Lunatic asylums Punjab 1895-1910 - 1895-1910
Year: 1895
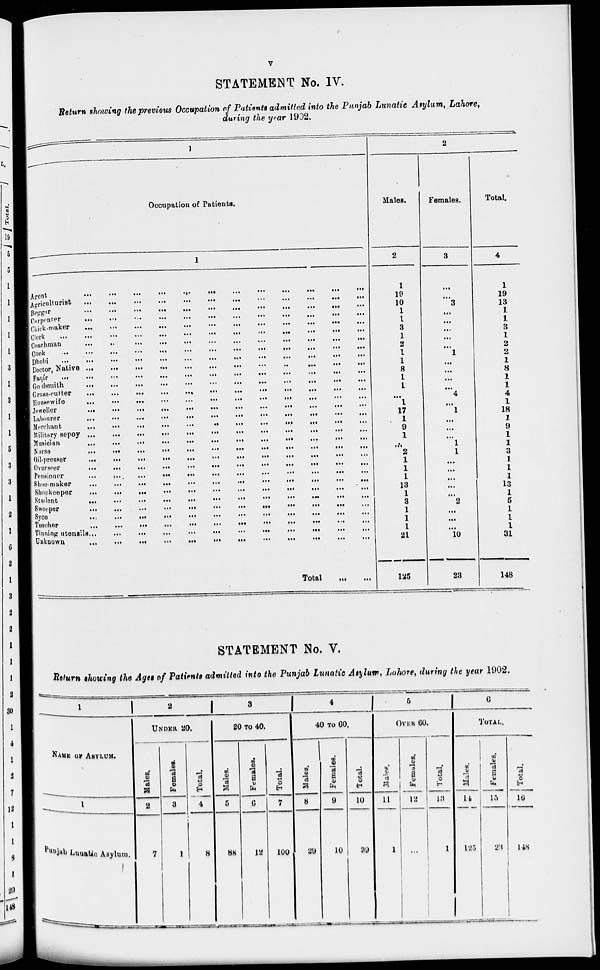
v
STATEMENT No. IV.
Return showing the previous Occupation of Patients admitted into the Punjab Lunatic Asylum, Lahore,
during the year 1902.
1
Occupation of Patients.
1
Agent
...
...
...
...
...
...
...
...
...
...
...
...
...
Agriculturist
...
...
...
...
...
...
...
...
...
...
...
...
...
Beggar ... ... ... ... ... ... ... ... ... ... ... ... ...
Carpenter
...
...
...
...
...
...
...
...
...
...
...
...
...
Chick-maker
...
...
...
...
...
...
...
...
...
...
...
...
...
Clerk
...
...
...
...
...
...
...
...
...
...
...
...
...
Coachman
...
...
...
...
...
...
...
...
...
...
...
...
...
Cook
...
...
...
...
...
...
...
...
...
...
...
...
...
Dhobi
...
...
...
...
...
...
...
...
...
...
...
...
...
Doctor, Native
...
...
...
...
...
...
...
...
...
...
...
...
...
Faqír
...
...
...
...
...
...
...
...
...
...
...
...
...
Goldsmith
...
...
...
...
...
...
...
...
...
...
...
...
...
Grass-cutter
...
...
...
...
...
...
...
...
...
...
...
...
...
Housewife
...
...
...
...
...
...
...
...
...
...
... ... .... ...
Jeweller
...
...
...
...
...
...
...
...
...
...
...
...
...
Labourer
...
...
...
...
...
...
...
...
...
...
...
...
...
Merchant
...
...
...
...
...
...
...
...
...
...
...
...
...
Military sepoy
...
...
...
...
...
...
...
...
...
...
...
...
...
Musician ... ... ... ... ... ... ... ... ... ... ... ... ...
Nurse ... ... ... ... ... ... ... ... ... ... ... ... ...
Oil-presser
...
...
...
...
...
...
...
...
...
...
...
...
...
Overseer
...
...
...
...
...
...
...
...
...
...
...
...
...
Pensioner
...
...
...
...
...
...
...
...
...
...
...
...
...
Shoe-maker
...
...
...
...
...
...
...
...
...
...
...
...
...
Shopkeeper
...
...
...
...
...
...
...
...
...
...
...
...
...
Student
...
...
...
...
...
...
...
...
...
...
...
...
...
Sweeper
...
...
...
...
...
...
...
...
...
...
...
...
...
Syee
...
...
...
...
...
...
...
...
...
...
...
...
...
...
...
...
Teacher
...
...
...
...
...
...
...
...
...
...
...
...
...
Tinning utensils
...
...
...
...
...
...
...
...
...
...
...
...
...
unknown
...
...
...
...
...
...
...
...
...
...
...
...
...
Total
... ...
2
Males.
2
1
19
10
1
1
3
1
2
1
1
8
1
1
...
1
17
1
9
1
...
2
1
1
1
13
1
3
1
1
1
21
125
Females.
3
...
...
3
...
...
...
...
...
1
...
...
...
...
4
...
1
...
...
...
1
1
...
...
...
...
...
2
...
...
...
10
23
Total.
4
1
19
13
1
1
3
1
2
2
1
8
1
1
4
1
18
1
9
1
1
3
1
1
1
13
1
5
1
1
1
31
148
STATEMENT No. V.
Return Showing the Ages of Patients admitted into the Punjab Lunatic Asylum, Lahore, during the year 1902.
1
NAME OF ASYLUM.
1
Punjab Lunatic Asylum.
2
UNDER 20.
Males.
2
7
Females.
3
1
Total.
4
8
3
20 TO 40.
Males.
5
88
Females.
6
12
Total.
7
100
4
40 TO 60.
Males.
8
29
Females.
9
10
Total.
10
39
5
OVER 60.
Males.
11
1
Females.
12
...
Total.
13
1
6
TOTAL.
Males.
14
125
Females.
15
23
Total.
16
148